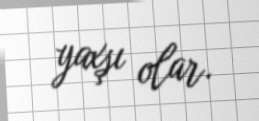
yaxşı olar.